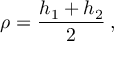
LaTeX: \rho = \displaystyle \frac { h _ { 1 } + h _ { 2 } } { 2 } \: ,